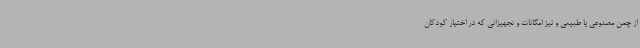
از چمن مصنوعی یا طبیعی و نیز امکانات و تجهیزاتی که در اختیار کودکان